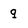
Character: q